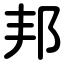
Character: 邦